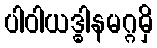
ပါဝါယဒ္ဓါနမဂ္ဂမှိ